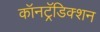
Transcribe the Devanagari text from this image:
कॉनट्रॅडिक्शन